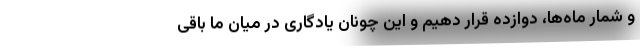
و شمار ماه‌ها، دوازده قرار دهیم و این چونان یادگاری در میان ما باقی